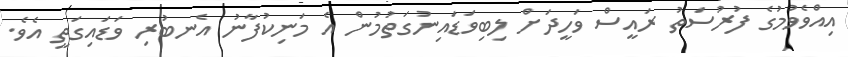
އިއްވެވުމުގެ ފުރުސަތު ރައީސް ވަހީދަށް ލިބިވަޑައިނުގަތުމުން އެ މަނިކުފާނު އެނބުރި ވަޑައިގަތީ އެވެ.